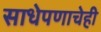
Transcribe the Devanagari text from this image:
साधेपणाचेही